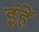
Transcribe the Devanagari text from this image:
इंहें